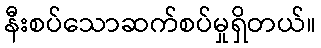
နီးစပ်သောဆက်စပ်မှုရှိတယ်။